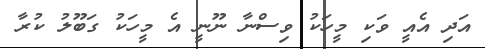
އަދި އެއީ ވަކި މީހަކު ވިސްނާ ނޫނީ އެ މީހަކު ގަބޫލު ކުރާ